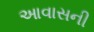
આવાસની